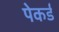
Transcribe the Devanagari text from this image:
पेकर्ड